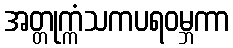
အတ္တုက္ကံသကပရဝမ္ဘကာ